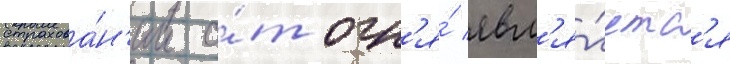
страхова́н'ии о́т огн'я́ явл'я́етс'я